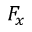
F _ { x }